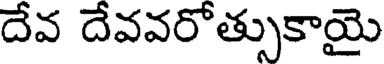
దేవ దేవవరోత్సుకాయై